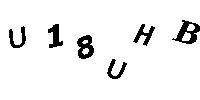
U18UHB